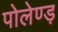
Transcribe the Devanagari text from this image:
पोलेण्ड़